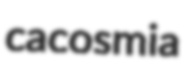
cacosmia